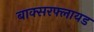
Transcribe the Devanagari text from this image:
बाक्सरफ्लायड